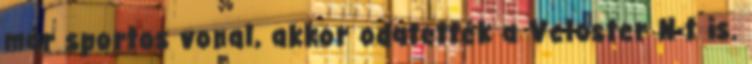
már sportos vonal, akkor odatették a Veloster N-t is.